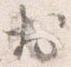
於